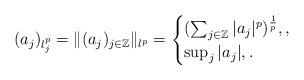
LaTeX: \begin{align*}(a_j)_{l_j^p}=\|(a_j)_{j\in \mathbb Z} \|_{l^p} =\begin{cases}(\sum_{j\in \mathbb Z} |a_j|^p )^{\frac 1p}, , \\\sup_{j} |a_j|, .\end{cases}\end{align*}